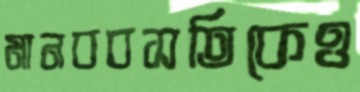
মানববসতিকেও